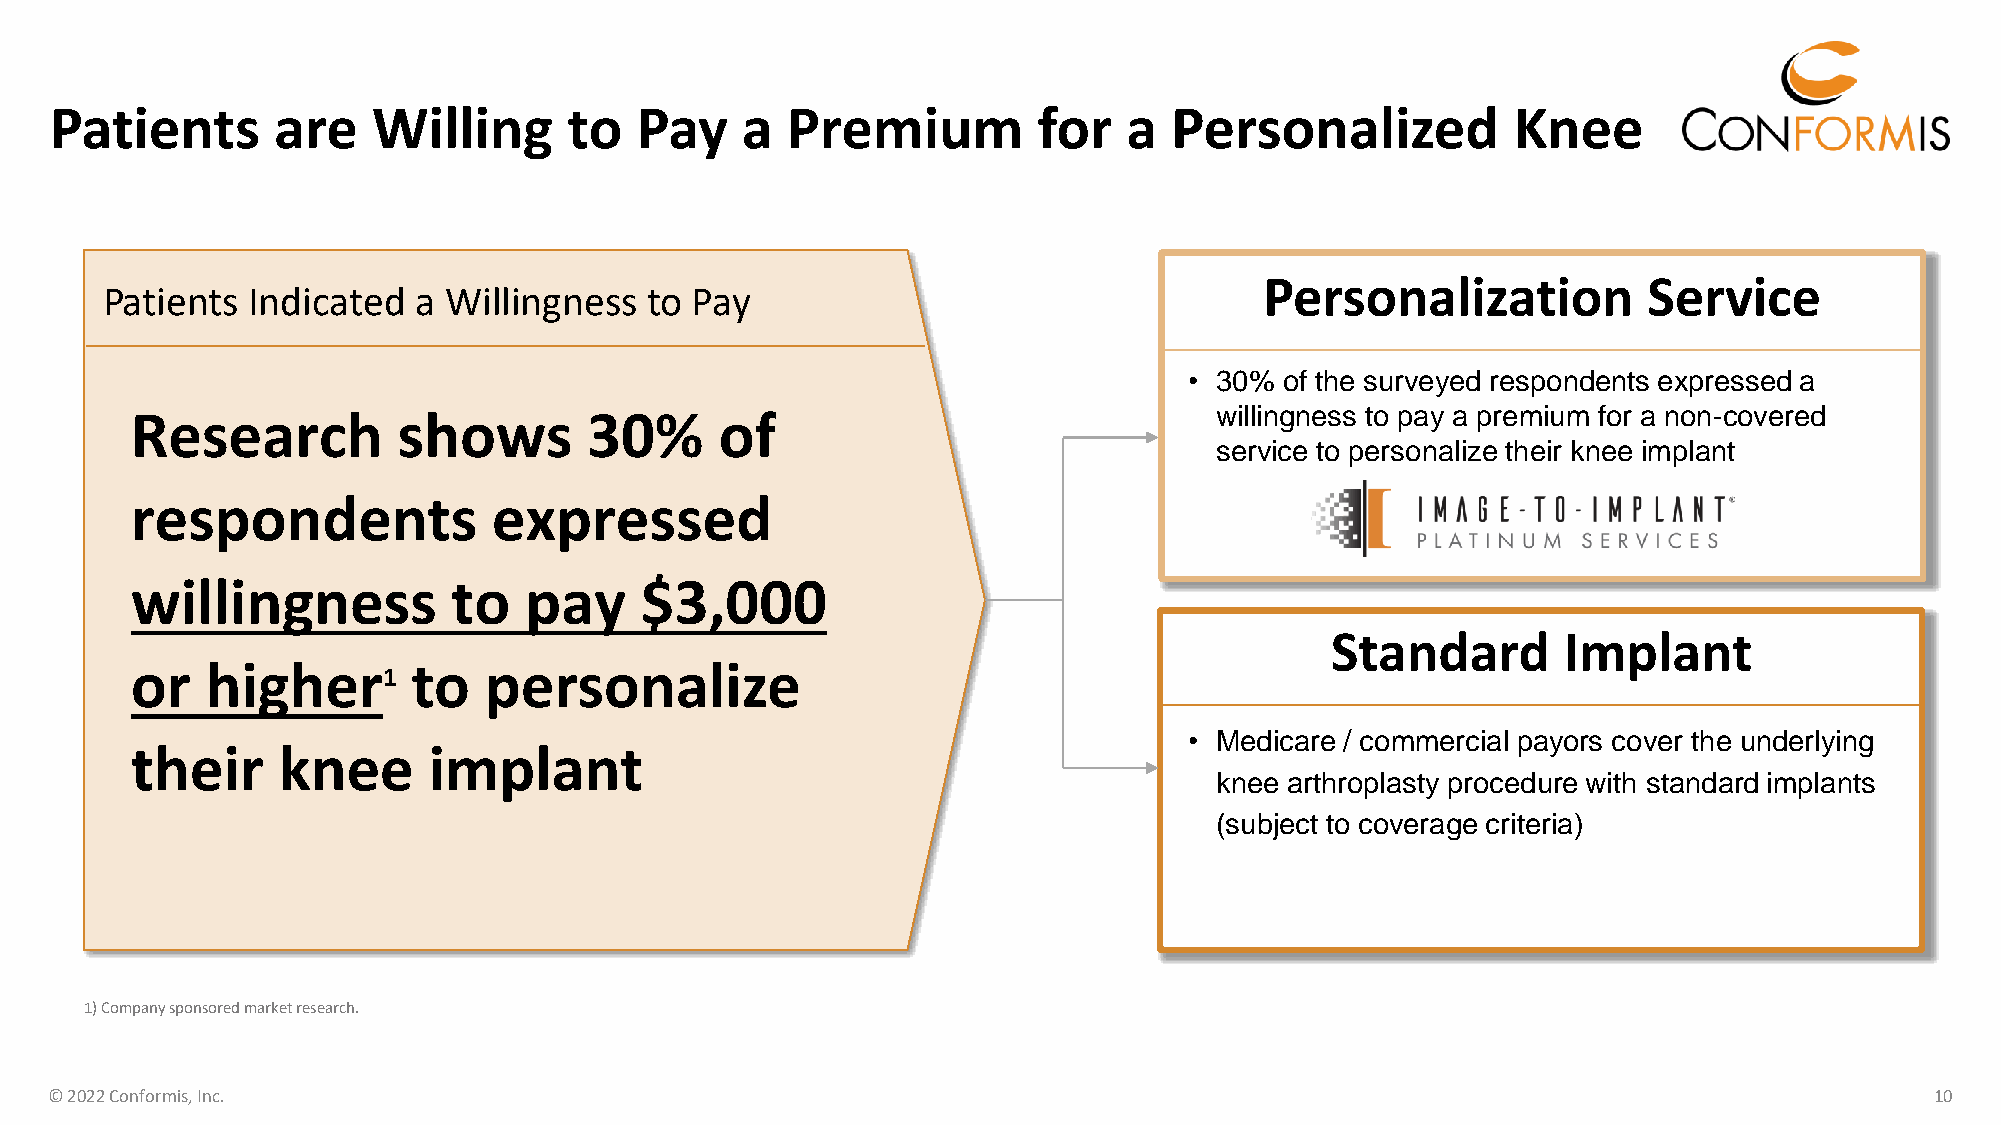
Patients       are    Willing      to  Pay    a  Premium          for   a  Personalized          Knee
 Personalization          Service
 Patients Indicated  a Willingness   to Pay
 • 30% of the surveyed respondents expressed a
 Research         shows        30%      of                              willingness to pay a premium for a non-covered
 service to personalize their knee implant
 respondents             expressed
 willingness          to   pay    $3,000
 Standard       Implant
 or   higher       to   personalize
 1
 • Medicare / commercial payors cover the underlying
 their    knee      implant
 knee arthroplasty procedure with standard implants
 (subject to coverage criteria)
 1) Companysponsored market research.
 © 2022 Conformis, Inc.                                                                                                       10